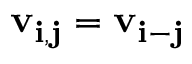
\bf v _ { i , j } = v _ { i - j }